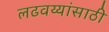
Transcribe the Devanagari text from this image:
लढवय्यांसाठी